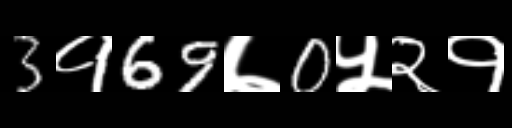
Text: 3१69७0५२१